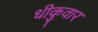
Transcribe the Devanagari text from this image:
धीकुवार